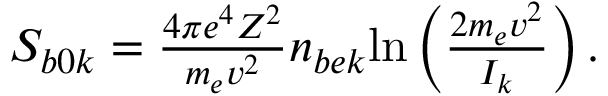
\begin{array} { r } { S _ { b 0 k } = \frac { 4 \pi e ^ { 4 } Z ^ { 2 } } { m _ { e } v ^ { 2 } } n _ { b e k } \mathrm { l n } \left( \frac { 2 m _ { e } v ^ { 2 } } { I _ { k } } \right) . } \end{array}